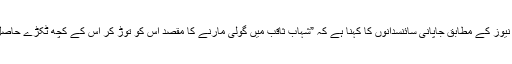
این بی سی نیوز کے مطابق جاپانی سائنسدانوں کا کہنا ہے کہ ”شہاب ثاقب میں گولی مارنے کا مقصد اس کو توڑ کر اس کے کچھ ٹکڑے حاصل کرنا تھا۔